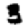
Digit: 3